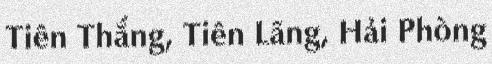
Tiên Thắng, Tiên Lãng, Hải Phòng